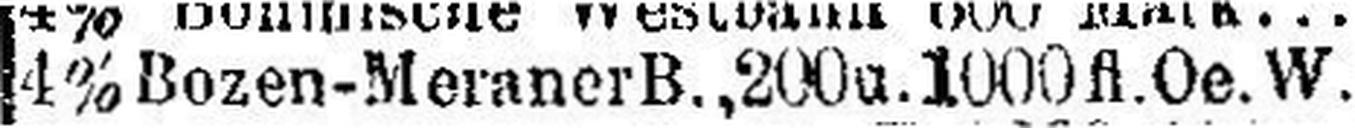
4% Bozen-Meraner B., 200 u. 1000 fl.Oe.W.